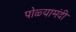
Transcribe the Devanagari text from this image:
पोळ्यामंदी